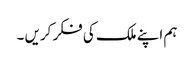
ہم اپنے ملک کی فکر کریں ۔